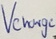
Text: Vcharge